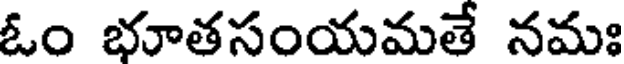
ఓం భూతసంయమతే నమః